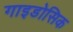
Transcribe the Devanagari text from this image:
गाइडोसिक